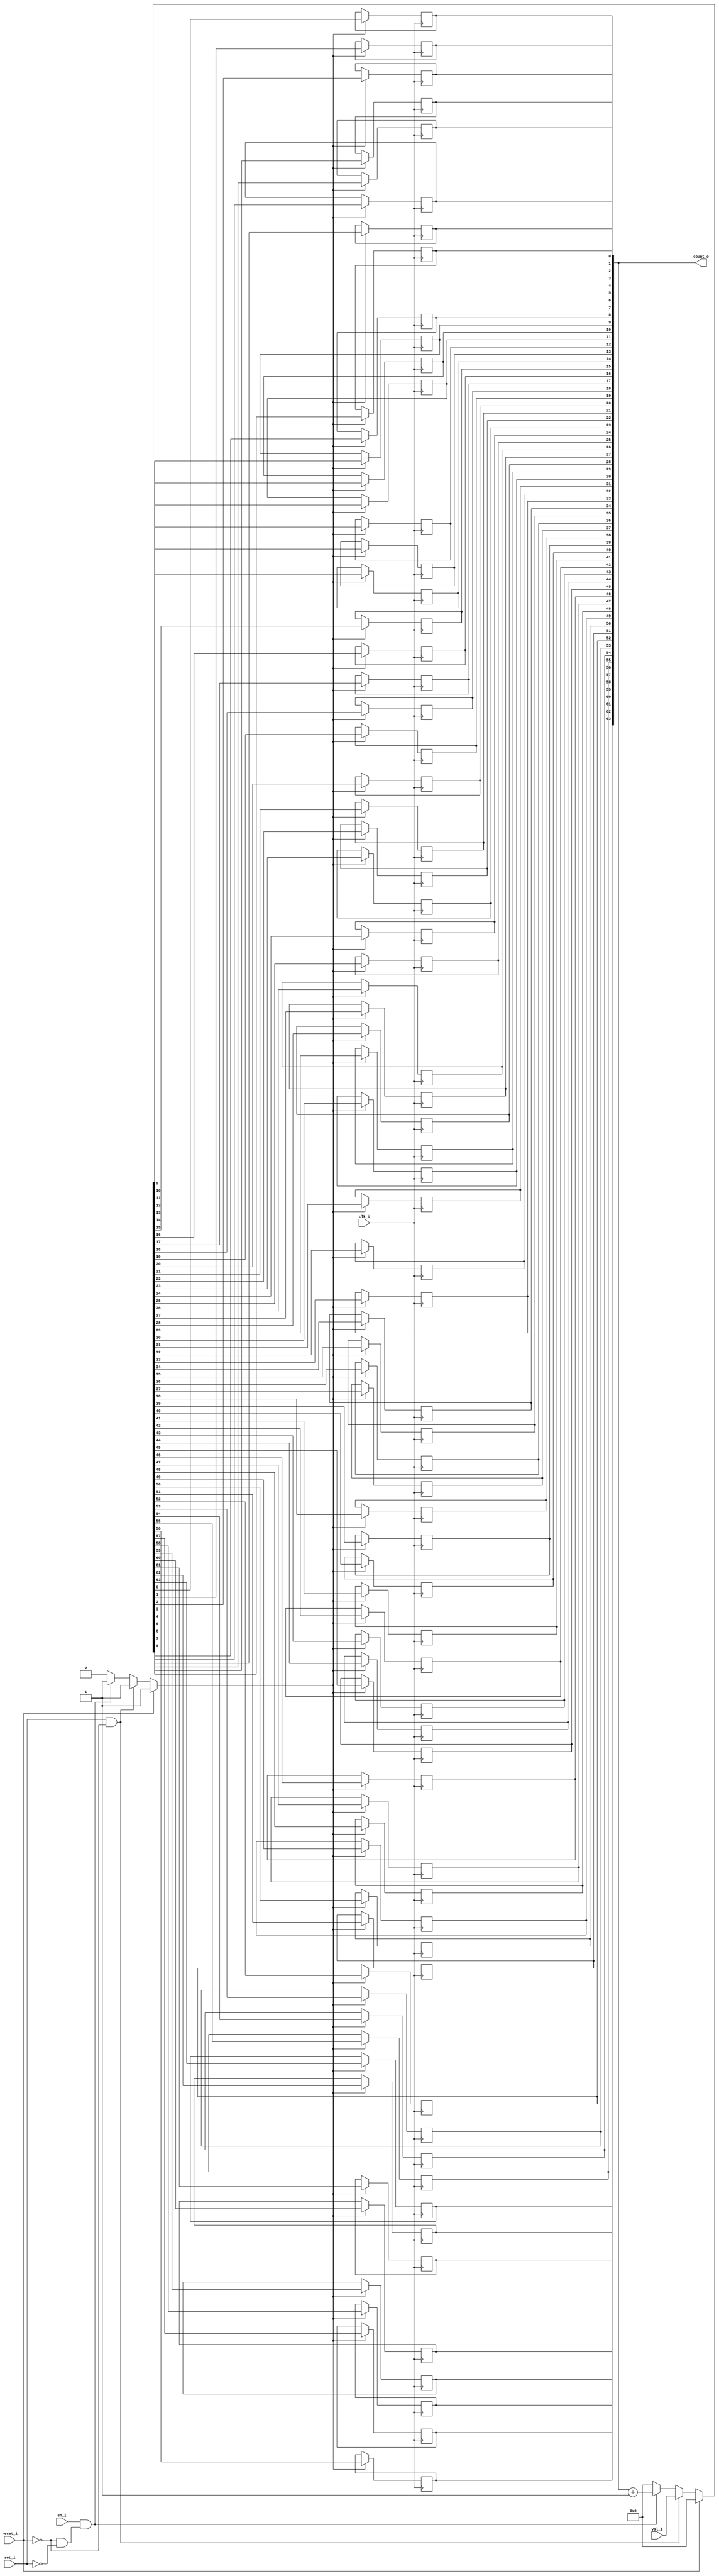
module bsg_counter_set_en_lg_max_val_lp64_reset_val_p0
(
  clk_i,
  reset_i,
  set_i,
  en_i,
  val_i,
  count_o
);

  input [63:0] val_i;
  output [63:0] count_o;
  input clk_i;
  input reset_i;
  input set_i;
  input en_i;
  wire [63:0] count_o;
  wire N0,N1,N2,N3,N4,N5,N6,N7,N8,N9,N10,N11,N12,N13,N14,N15,N16,N17,N18,N19,N20,N21,
  N22,N23,N24,N25,N26,N27,N28,N29,N30,N31,N32,N33,N34,N35,N36,N37,N38,N39,N40,N41,
  N42,N43,N44,N45,N46,N47,N48,N49,N50,N51,N52,N53,N54,N55,N56,N57,N58,N59,N60,N61,
  N62,N63,N64,N65,N66,N67,N68,N69,N70,N71,N72,N73,N74,N75,N76,N77,N78,N79,N80,N81,
  N82,N83,N84,N85,N86,N87,N88,N89,N90,N91,N92,N93,N94,N95,N96,N97,N98,N99,N100,N101,
  N102,N103,N104,N105,N106,N107,N108,N109,N110,N111,N112,N113,N114,N115,N116,N117,
  N118,N119,N120,N121,N122,N123,N124,N125,N126,N127,N128,N129,N130,N131,N132,N133,
  N134,N135,N136,N137,N138;
  reg count_o_63_sv2v_reg,count_o_62_sv2v_reg,count_o_61_sv2v_reg,count_o_60_sv2v_reg,
  count_o_59_sv2v_reg,count_o_58_sv2v_reg,count_o_57_sv2v_reg,count_o_56_sv2v_reg,
  count_o_55_sv2v_reg,count_o_54_sv2v_reg,count_o_53_sv2v_reg,count_o_52_sv2v_reg,
  count_o_51_sv2v_reg,count_o_50_sv2v_reg,count_o_49_sv2v_reg,count_o_48_sv2v_reg,
  count_o_47_sv2v_reg,count_o_46_sv2v_reg,count_o_45_sv2v_reg,count_o_44_sv2v_reg,
  count_o_43_sv2v_reg,count_o_42_sv2v_reg,count_o_41_sv2v_reg,count_o_40_sv2v_reg,
  count_o_39_sv2v_reg,count_o_38_sv2v_reg,count_o_37_sv2v_reg,count_o_36_sv2v_reg,
  count_o_35_sv2v_reg,count_o_34_sv2v_reg,count_o_33_sv2v_reg,count_o_32_sv2v_reg,
  count_o_31_sv2v_reg,count_o_30_sv2v_reg,count_o_29_sv2v_reg,count_o_28_sv2v_reg,
  count_o_27_sv2v_reg,count_o_26_sv2v_reg,count_o_25_sv2v_reg,count_o_24_sv2v_reg,
  count_o_23_sv2v_reg,count_o_22_sv2v_reg,count_o_21_sv2v_reg,count_o_20_sv2v_reg,
  count_o_19_sv2v_reg,count_o_18_sv2v_reg,count_o_17_sv2v_reg,count_o_16_sv2v_reg,
  count_o_15_sv2v_reg,count_o_14_sv2v_reg,count_o_13_sv2v_reg,count_o_12_sv2v_reg,
  count_o_11_sv2v_reg,count_o_10_sv2v_reg,count_o_9_sv2v_reg,count_o_8_sv2v_reg,
  count_o_7_sv2v_reg,count_o_6_sv2v_reg,count_o_5_sv2v_reg,count_o_4_sv2v_reg,
  count_o_3_sv2v_reg,count_o_2_sv2v_reg,count_o_1_sv2v_reg,count_o_0_sv2v_reg;
  assign count_o[63] = count_o_63_sv2v_reg;
  assign count_o[62] = count_o_62_sv2v_reg;
  assign count_o[61] = count_o_61_sv2v_reg;
  assign count_o[60] = count_o_60_sv2v_reg;
  assign count_o[59] = count_o_59_sv2v_reg;
  assign count_o[58] = count_o_58_sv2v_reg;
  assign count_o[57] = count_o_57_sv2v_reg;
  assign count_o[56] = count_o_56_sv2v_reg;
  assign count_o[55] = count_o_55_sv2v_reg;
  assign count_o[54] = count_o_54_sv2v_reg;
  assign count_o[53] = count_o_53_sv2v_reg;
  assign count_o[52] = count_o_52_sv2v_reg;
  assign count_o[51] = count_o_51_sv2v_reg;
  assign count_o[50] = count_o_50_sv2v_reg;
  assign count_o[49] = count_o_49_sv2v_reg;
  assign count_o[48] = count_o_48_sv2v_reg;
  assign count_o[47] = count_o_47_sv2v_reg;
  assign count_o[46] = count_o_46_sv2v_reg;
  assign count_o[45] = count_o_45_sv2v_reg;
  assign count_o[44] = count_o_44_sv2v_reg;
  assign count_o[43] = count_o_43_sv2v_reg;
  assign count_o[42] = count_o_42_sv2v_reg;
  assign count_o[41] = count_o_41_sv2v_reg;
  assign count_o[40] = count_o_40_sv2v_reg;
  assign count_o[39] = count_o_39_sv2v_reg;
  assign count_o[38] = count_o_38_sv2v_reg;
  assign count_o[37] = count_o_37_sv2v_reg;
  assign count_o[36] = count_o_36_sv2v_reg;
  assign count_o[35] = count_o_35_sv2v_reg;
  assign count_o[34] = count_o_34_sv2v_reg;
  assign count_o[33] = count_o_33_sv2v_reg;
  assign count_o[32] = count_o_32_sv2v_reg;
  assign count_o[31] = count_o_31_sv2v_reg;
  assign count_o[30] = count_o_30_sv2v_reg;
  assign count_o[29] = count_o_29_sv2v_reg;
  assign count_o[28] = count_o_28_sv2v_reg;
  assign count_o[27] = count_o_27_sv2v_reg;
  assign count_o[26] = count_o_26_sv2v_reg;
  assign count_o[25] = count_o_25_sv2v_reg;
  assign count_o[24] = count_o_24_sv2v_reg;
  assign count_o[23] = count_o_23_sv2v_reg;
  assign count_o[22] = count_o_22_sv2v_reg;
  assign count_o[21] = count_o_21_sv2v_reg;
  assign count_o[20] = count_o_20_sv2v_reg;
  assign count_o[19] = count_o_19_sv2v_reg;
  assign count_o[18] = count_o_18_sv2v_reg;
  assign count_o[17] = count_o_17_sv2v_reg;
  assign count_o[16] = count_o_16_sv2v_reg;
  assign count_o[15] = count_o_15_sv2v_reg;
  assign count_o[14] = count_o_14_sv2v_reg;
  assign count_o[13] = count_o_13_sv2v_reg;
  assign count_o[12] = count_o_12_sv2v_reg;
  assign count_o[11] = count_o_11_sv2v_reg;
  assign count_o[10] = count_o_10_sv2v_reg;
  assign count_o[9] = count_o_9_sv2v_reg;
  assign count_o[8] = count_o_8_sv2v_reg;
  assign count_o[7] = count_o_7_sv2v_reg;
  assign count_o[6] = count_o_6_sv2v_reg;
  assign count_o[5] = count_o_5_sv2v_reg;
  assign count_o[4] = count_o_4_sv2v_reg;
  assign count_o[3] = count_o_3_sv2v_reg;
  assign count_o[2] = count_o_2_sv2v_reg;
  assign count_o[1] = count_o_1_sv2v_reg;
  assign count_o[0] = count_o_0_sv2v_reg;

  always @(posedge clk_i) begin
    if(N69) begin
      count_o_63_sv2v_reg <= N133;
    end 
  end


  always @(posedge clk_i) begin
    if(N69) begin
      count_o_62_sv2v_reg <= N132;
    end 
  end


  always @(posedge clk_i) begin
    if(N69) begin
      count_o_61_sv2v_reg <= N131;
    end 
  end


  always @(posedge clk_i) begin
    if(N69) begin
      count_o_60_sv2v_reg <= N130;
    end 
  end


  always @(posedge clk_i) begin
    if(N69) begin
      count_o_59_sv2v_reg <= N129;
    end 
  end


  always @(posedge clk_i) begin
    if(N69) begin
      count_o_58_sv2v_reg <= N128;
    end 
  end


  always @(posedge clk_i) begin
    if(N69) begin
      count_o_57_sv2v_reg <= N127;
    end 
  end


  always @(posedge clk_i) begin
    if(N69) begin
      count_o_56_sv2v_reg <= N126;
    end 
  end


  always @(posedge clk_i) begin
    if(N69) begin
      count_o_55_sv2v_reg <= N125;
    end 
  end


  always @(posedge clk_i) begin
    if(N69) begin
      count_o_54_sv2v_reg <= N124;
    end 
  end


  always @(posedge clk_i) begin
    if(N69) begin
      count_o_53_sv2v_reg <= N123;
    end 
  end


  always @(posedge clk_i) begin
    if(N69) begin
      count_o_52_sv2v_reg <= N122;
    end 
  end


  always @(posedge clk_i) begin
    if(N69) begin
      count_o_51_sv2v_reg <= N121;
    end 
  end


  always @(posedge clk_i) begin
    if(N69) begin
      count_o_50_sv2v_reg <= N120;
    end 
  end


  always @(posedge clk_i) begin
    if(N69) begin
      count_o_49_sv2v_reg <= N119;
    end 
  end


  always @(posedge clk_i) begin
    if(N69) begin
      count_o_48_sv2v_reg <= N118;
    end 
  end


  always @(posedge clk_i) begin
    if(N69) begin
      count_o_47_sv2v_reg <= N117;
    end 
  end


  always @(posedge clk_i) begin
    if(N69) begin
      count_o_46_sv2v_reg <= N116;
    end 
  end


  always @(posedge clk_i) begin
    if(N69) begin
      count_o_45_sv2v_reg <= N115;
    end 
  end


  always @(posedge clk_i) begin
    if(N69) begin
      count_o_44_sv2v_reg <= N114;
    end 
  end


  always @(posedge clk_i) begin
    if(N69) begin
      count_o_43_sv2v_reg <= N113;
    end 
  end


  always @(posedge clk_i) begin
    if(N69) begin
      count_o_42_sv2v_reg <= N112;
    end 
  end


  always @(posedge clk_i) begin
    if(N69) begin
      count_o_41_sv2v_reg <= N111;
    end 
  end


  always @(posedge clk_i) begin
    if(N69) begin
      count_o_40_sv2v_reg <= N110;
    end 
  end


  always @(posedge clk_i) begin
    if(N69) begin
      count_o_39_sv2v_reg <= N109;
    end 
  end


  always @(posedge clk_i) begin
    if(N69) begin
      count_o_38_sv2v_reg <= N108;
    end 
  end


  always @(posedge clk_i) begin
    if(N69) begin
      count_o_37_sv2v_reg <= N107;
    end 
  end


  always @(posedge clk_i) begin
    if(N69) begin
      count_o_36_sv2v_reg <= N106;
    end 
  end


  always @(posedge clk_i) begin
    if(N69) begin
      count_o_35_sv2v_reg <= N105;
    end 
  end


  always @(posedge clk_i) begin
    if(N69) begin
      count_o_34_sv2v_reg <= N104;
    end 
  end


  always @(posedge clk_i) begin
    if(N69) begin
      count_o_33_sv2v_reg <= N103;
    end 
  end


  always @(posedge clk_i) begin
    if(N69) begin
      count_o_32_sv2v_reg <= N102;
    end 
  end


  always @(posedge clk_i) begin
    if(N69) begin
      count_o_31_sv2v_reg <= N101;
    end 
  end


  always @(posedge clk_i) begin
    if(N69) begin
      count_o_30_sv2v_reg <= N100;
    end 
  end


  always @(posedge clk_i) begin
    if(N69) begin
      count_o_29_sv2v_reg <= N99;
    end 
  end


  always @(posedge clk_i) begin
    if(N69) begin
      count_o_28_sv2v_reg <= N98;
    end 
  end


  always @(posedge clk_i) begin
    if(N69) begin
      count_o_27_sv2v_reg <= N97;
    end 
  end


  always @(posedge clk_i) begin
    if(N69) begin
      count_o_26_sv2v_reg <= N96;
    end 
  end


  always @(posedge clk_i) begin
    if(N69) begin
      count_o_25_sv2v_reg <= N95;
    end 
  end


  always @(posedge clk_i) begin
    if(N69) begin
      count_o_24_sv2v_reg <= N94;
    end 
  end


  always @(posedge clk_i) begin
    if(N69) begin
      count_o_23_sv2v_reg <= N93;
    end 
  end


  always @(posedge clk_i) begin
    if(N69) begin
      count_o_22_sv2v_reg <= N92;
    end 
  end


  always @(posedge clk_i) begin
    if(N69) begin
      count_o_21_sv2v_reg <= N91;
    end 
  end


  always @(posedge clk_i) begin
    if(N69) begin
      count_o_20_sv2v_reg <= N90;
    end 
  end


  always @(posedge clk_i) begin
    if(N69) begin
      count_o_19_sv2v_reg <= N89;
    end 
  end


  always @(posedge clk_i) begin
    if(N69) begin
      count_o_18_sv2v_reg <= N88;
    end 
  end


  always @(posedge clk_i) begin
    if(N69) begin
      count_o_17_sv2v_reg <= N87;
    end 
  end


  always @(posedge clk_i) begin
    if(N69) begin
      count_o_16_sv2v_reg <= N86;
    end 
  end


  always @(posedge clk_i) begin
    if(N69) begin
      count_o_15_sv2v_reg <= N85;
    end 
  end


  always @(posedge clk_i) begin
    if(N69) begin
      count_o_14_sv2v_reg <= N84;
    end 
  end


  always @(posedge clk_i) begin
    if(N69) begin
      count_o_13_sv2v_reg <= N83;
    end 
  end


  always @(posedge clk_i) begin
    if(N69) begin
      count_o_12_sv2v_reg <= N82;
    end 
  end


  always @(posedge clk_i) begin
    if(N69) begin
      count_o_11_sv2v_reg <= N81;
    end 
  end


  always @(posedge clk_i) begin
    if(N69) begin
      count_o_10_sv2v_reg <= N80;
    end 
  end


  always @(posedge clk_i) begin
    if(N69) begin
      count_o_9_sv2v_reg <= N79;
    end 
  end


  always @(posedge clk_i) begin
    if(N69) begin
      count_o_8_sv2v_reg <= N78;
    end 
  end


  always @(posedge clk_i) begin
    if(N69) begin
      count_o_7_sv2v_reg <= N77;
    end 
  end


  always @(posedge clk_i) begin
    if(N69) begin
      count_o_6_sv2v_reg <= N76;
    end 
  end


  always @(posedge clk_i) begin
    if(N69) begin
      count_o_5_sv2v_reg <= N75;
    end 
  end


  always @(posedge clk_i) begin
    if(N69) begin
      count_o_4_sv2v_reg <= N74;
    end 
  end


  always @(posedge clk_i) begin
    if(N69) begin
      count_o_3_sv2v_reg <= N73;
    end 
  end


  always @(posedge clk_i) begin
    if(N69) begin
      count_o_2_sv2v_reg <= N72;
    end 
  end


  always @(posedge clk_i) begin
    if(N69) begin
      count_o_1_sv2v_reg <= N71;
    end 
  end


  always @(posedge clk_i) begin
    if(N69) begin
      count_o_0_sv2v_reg <= N70;
    end 
  end

  assign { N68, N67, N66, N65, N64, N63, N62, N61, N60, N59, N58, N57, N56, N55, N54, N53, N52, N51, N50, N49, N48, N47, N46, N45, N44, N43, N42, N41, N40, N39, N38, N37, N36, N35, N34, N33, N32, N31, N30, N29, N28, N27, N26, N25, N24, N23, N22, N21, N20, N19, N18, N17, N16, N15, N14, N13, N12, N11, N10, N9, N8, N7, N6, N5 } = count_o + 1'b1;
  assign N69 = (N0)? 1'b1 : 
               (N135)? 1'b1 : 
               (N138)? 1'b1 : 
               (N3)? 1'b0 : 1'b0;
  assign N0 = reset_i;
  assign { N133, N132, N131, N130, N129, N128, N127, N126, N125, N124, N123, N122, N121, N120, N119, N118, N117, N116, N115, N114, N113, N112, N111, N110, N109, N108, N107, N106, N105, N104, N103, N102, N101, N100, N99, N98, N97, N96, N95, N94, N93, N92, N91, N90, N89, N88, N87, N86, N85, N84, N83, N82, N81, N80, N79, N78, N77, N76, N75, N74, N73, N72, N71, N70 } = (N0)? { 1'b0, 1'b0, 1'b0, 1'b0, 1'b0, 1'b0, 1'b0, 1'b0, 1'b0, 1'b0, 1'b0, 1'b0, 1'b0, 1'b0, 1'b0, 1'b0, 1'b0, 1'b0, 1'b0, 1'b0, 1'b0, 1'b0, 1'b0, 1'b0, 1'b0, 1'b0, 1'b0, 1'b0, 1'b0, 1'b0, 1'b0, 1'b0, 1'b0, 1'b0, 1'b0, 1'b0, 1'b0, 1'b0, 1'b0, 1'b0, 1'b0, 1'b0, 1'b0, 1'b0, 1'b0, 1'b0, 1'b0, 1'b0, 1'b0, 1'b0, 1'b0, 1'b0, 1'b0, 1'b0, 1'b0, 1'b0, 1'b0, 1'b0, 1'b0, 1'b0, 1'b0, 1'b0, 1'b0, 1'b0 } : 
                                                                                                                                                                                                                                                                                                                                                                                (N135)? val_i : 
                                                                                                                                                                                                                                                                                                                                                                                (N138)? { N68, N67, N66, N65, N64, N63, N62, N61, N60, N59, N58, N57, N56, N55, N54, N53, N52, N51, N50, N49, N48, N47, N46, N45, N44, N43, N42, N41, N40, N39, N38, N37, N36, N35, N34, N33, N32, N31, N30, N29, N28, N27, N26, N25, N24, N23, N22, N21, N20, N19, N18, N17, N16, N15, N14, N13, N12, N11, N10, N9, N8, N7, N6, N5 } : 1'b0;
  assign N1 = set_i | reset_i;
  assign N2 = en_i | N1;
  assign N3 = ~N2;
  assign N4 = N138;
  assign N134 = ~reset_i;
  assign N135 = set_i & N134;
  assign N136 = ~set_i;
  assign N137 = N134 & N136;
  assign N138 = en_i & N137;

endmodule